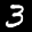
Label: 3